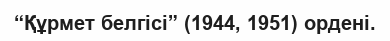
“Құрмет белгісі” (1944, 1951) ордені.